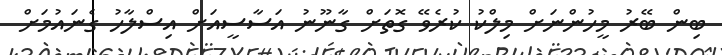
ބިން ބޭރު މީހުންނަށް މިލްކު ކުރެވޭ ގޮތަށް ގާނޫނު އަސާސީއަށް އިސްލާހު ގެނައުމަށް